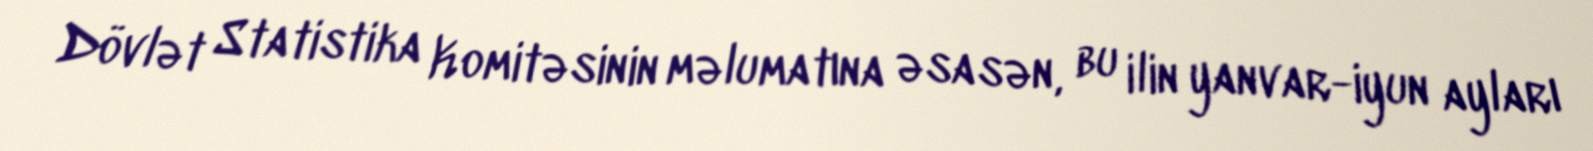
Dövlət Statistika Komitəsinin məlumatına əsasən, bu ilin yanvar-iyun ayları